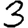
Digit: 3